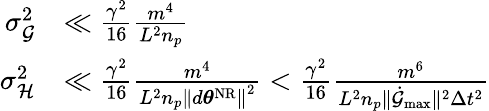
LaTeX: \begin{array}{rl}{\sigma_{\mathcal{G}}^{2}}&{\ll\frac{\gamma^{2}}{16}\frac{m^{4}}{L^{2}n_{p}}}\\ {\sigma_{\mathcal{H}}^{2}}&{\ll\frac{\gamma^{2}}{16}\frac{m^{4}}{L^{2}n_{p}\left\lVert d{\boldsymbol{\theta}}^{\mathrm{NR}}\right\rVert^{2}}<\frac{\gamma^{2}}{16}\frac{m^{6}}{L^{2}n_{p}\lVert\dot{\mathcal{G}}_{\mathrm{max}}\rVert^{2}\Delta t^{2}}}\end{array}